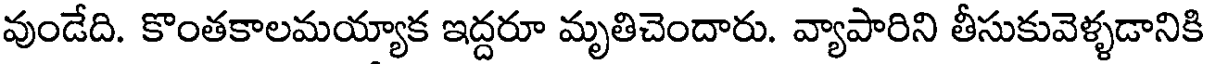
వుండేది. కొంతకాలమయ్యాక ఇద్దరూ మృతిచెందారు. వ్యాపారిని తీసుకువెళ్ళడానికి